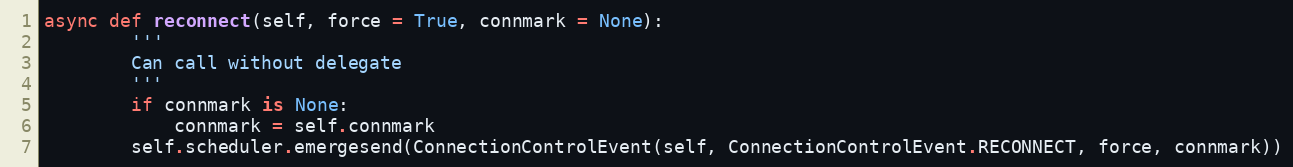
Language: Python
async def reconnect(self, force = True, connmark = None):
        '''
        Can call without delegate
        '''
        if connmark is None:
            connmark = self.connmark
        self.scheduler.emergesend(ConnectionControlEvent(self, ConnectionControlEvent.RECONNECT, force, connmark))